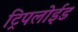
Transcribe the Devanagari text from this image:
ट्रिपलोईड